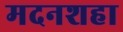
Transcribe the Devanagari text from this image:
मदनशहा